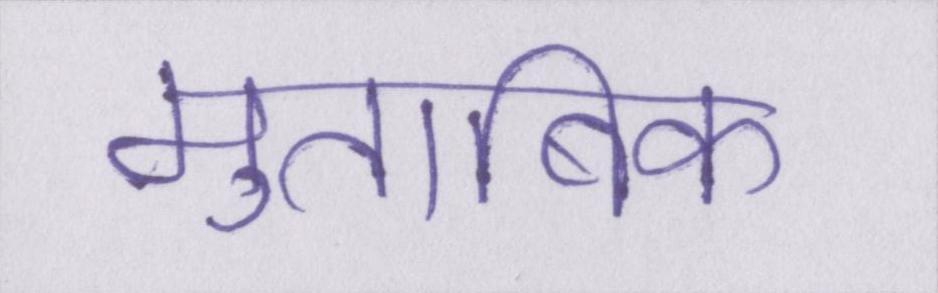
मुताबिक